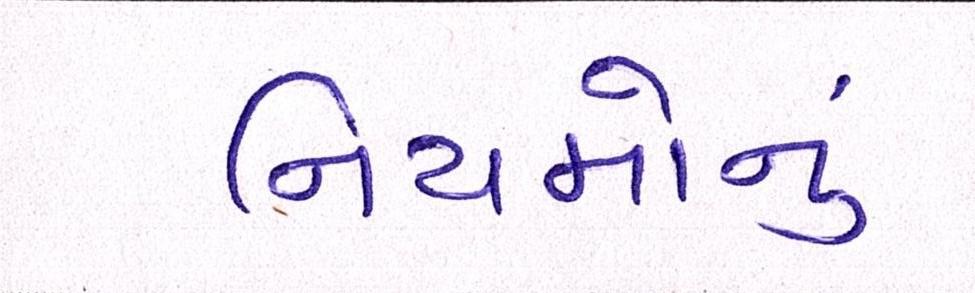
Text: નિયમોનું